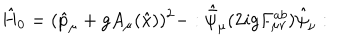
\hat { H } _ { 0 } = ( \hat { p } _ { \mu } + g A _ { \mu } ( \hat { x } ) ) ^ { 2 } - : \hat { \bar { \psi } } _ { \mu } ( 2 i g F _ { \mu \nu } ^ { a b } ) \hat { \psi } _ { \nu } :